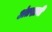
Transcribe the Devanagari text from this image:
अंतस्रावी